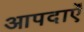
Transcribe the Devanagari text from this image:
आपदाएँ